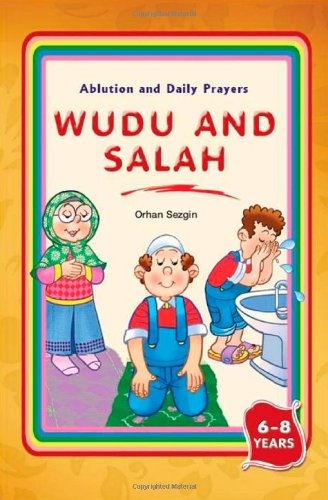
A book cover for Wudu and Salah: Ablution and Daily Prayers; Orhan Sezgin; Children's Books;